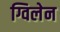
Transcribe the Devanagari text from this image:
ग्विलेन